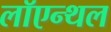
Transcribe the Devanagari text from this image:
लॉएन्थल